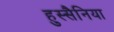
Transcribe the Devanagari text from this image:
हुस्सैनिया